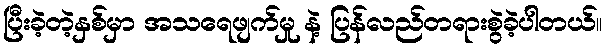
ပြီးခဲ့တဲ့နှစ်မှာ အသရေဖျက်မှု နဲ့ ပြန်လည်တရားစွဲခဲ့ပါတယ်။